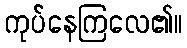
ကုပ်နေကြလေ၏။